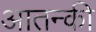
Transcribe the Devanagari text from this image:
आतन्की